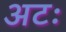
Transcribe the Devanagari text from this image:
अटः